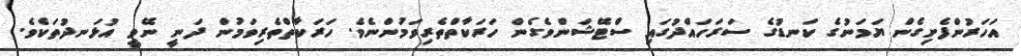
އަހަރުންފެށިގެން ޔަމަނުގެ ކަނޑުގެ ސަރަހައްދުގައި ސްޓޭޝަންވެގެން ހަރަކާތްތެރިވަމުންނެވެ. ހަރަކާތްތެރިވަމުން ދަނީ ނޭވީ އުޅަނދުތަކެެވެ.